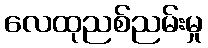
လေထုညစ်ညမ်းမှု